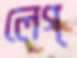
লেগ্